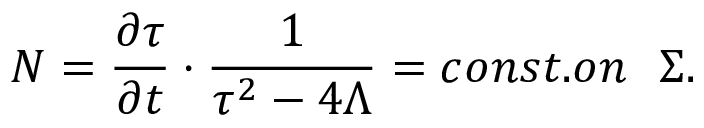
N = \frac { \partial \tau } { \partial t } \cdot \frac { 1 } { \tau ^ { 2 } - 4 \Lambda } = c o n s t . o n \mathrm { ~ \ } \Sigma .